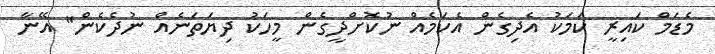
މެޑަމް ކައިރީ ކަމަކު އެދިގެން އެކަމެއް ނުކޮށްދީގެން މީހަކު ދިޔަތަނެއް ނުދެކެން" އޭނާ